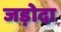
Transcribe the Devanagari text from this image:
जड़ोदा